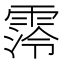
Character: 霗